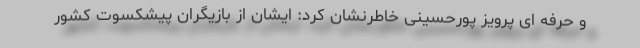
و حرفه ای پرویز پورحسینی خاطرنشان کرد: ایشان از بازیگران پیشکسوت کشور